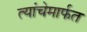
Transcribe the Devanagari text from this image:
त्यांचेमार्फत